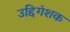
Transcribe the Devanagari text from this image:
उद्दिगंशक